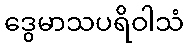
ဒွေမာသပရိဝါသံ